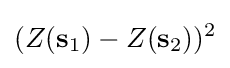
(Z(\mathbf {s} _{1})-Z(\mathbf {s} _{2}))^{2}